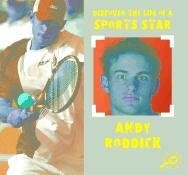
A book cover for Andy Roddick (Discover the Life of a Sports Star); David Armentrout; Children's Books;